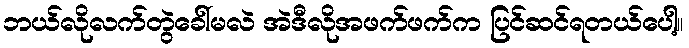
ဘယ်လိုလက်တွဲခေါ်မလဲ အဲဒီလိုအဖက်ဖက်က ပြင်ဆင်ရတယ်ပေါ့။